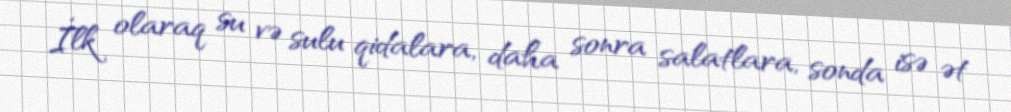
İlk olaraq su və sulu qidalara, daha sonra salatlara, sonda isə ət